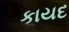
કાયદ